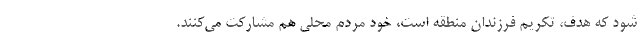
شود که هدف، تکریم فرزندان منطقه است، خود مردم محلی هم مشارکت می‌کنند.